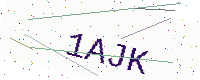
Text: 1AJK